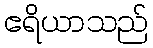
ဧရိယာသည်